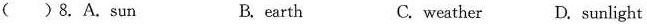
( )8. A.sun B. earth C. weather D. sunlight